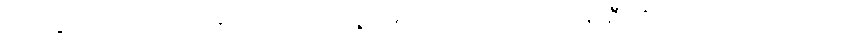
ဆပ်သွားမှာ ကားပေါ်ကဆင်းရင် ဘယ်သူ့ မေးမေး ဒေါက်တာဝင်းမြင့်ဦးကို သိကြတယ် ကြားလား